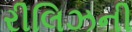
રીલિઝની